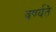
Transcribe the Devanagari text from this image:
वर्ण्यते